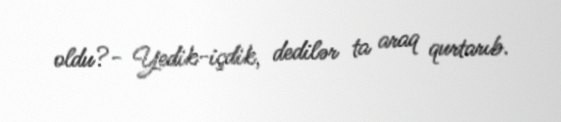
oldu?- Yedik-içdik, dedilər ta araq qurtarıb.